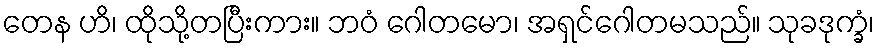
တေန ဟိ၊ ထိုသို့တပြီးကား။ ဘဝံ ဂေါတမော၊ အရှင်ဂေါတမသည်။ သုခဒုက္ခံ၊